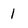
Character: l